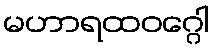
မဟာရထဝဂ္ဂေါ